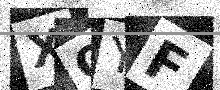
Text: XOYF